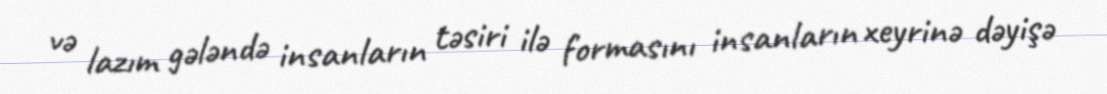
və lazım gələndə insanların təsiri ilə formasını insanların xeyrinə dəyişə